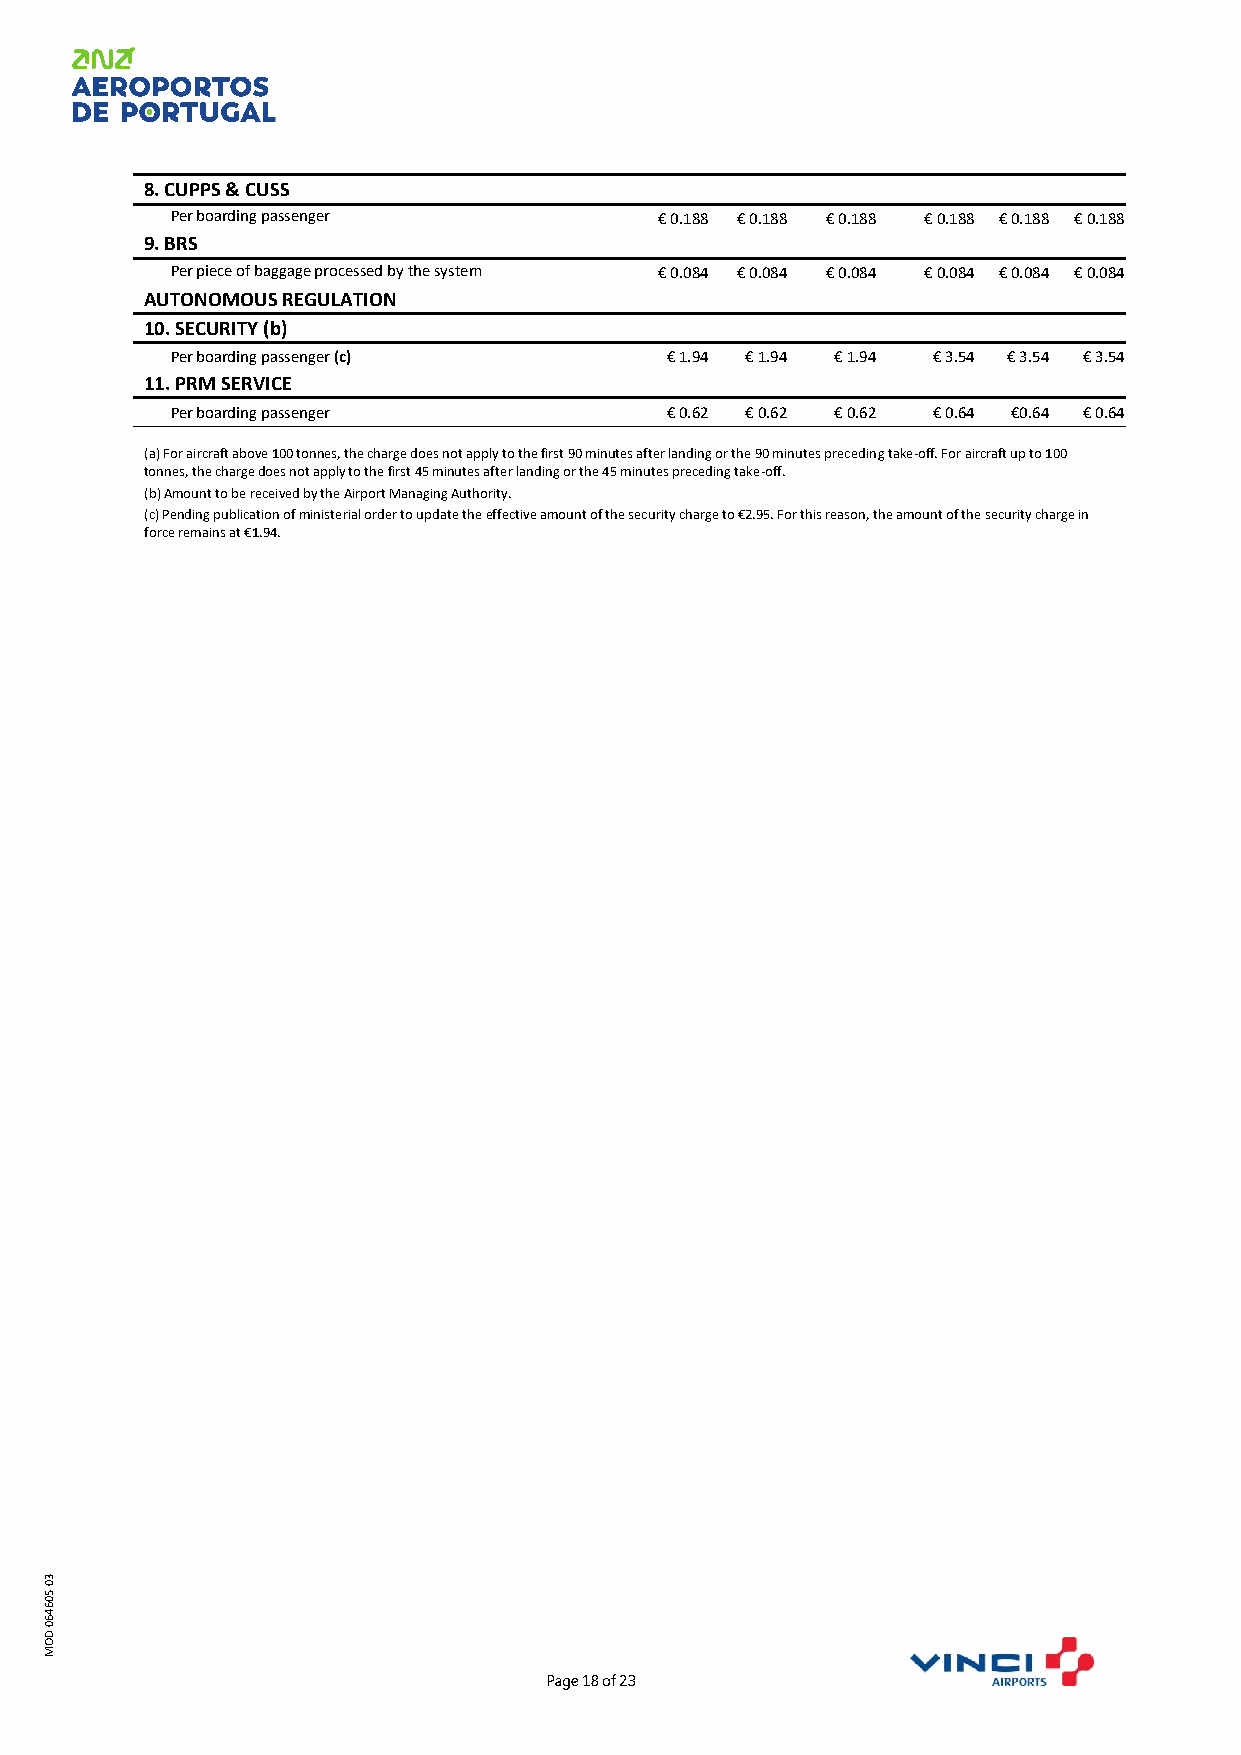
8. CUPPS & CUSS
 Per boarding passenger           € 0.188 € 0.188 € 0.188 € 0.188 € 0.188 € 0.188
 9. BRS
 Per piece of baggage processed by the system € 0.084 € 0.084 € 0.084 € 0.084 € 0.084 € 0.084
 AUTONOMOUS REGULATION
 10. SECURITY (b)
 Per boarding passenger (c)       € 1.94 € 1.94 € 1.94 € 3.54 € 3.54 € 3.54
 11. PRM SERVICE
 Per boarding passenger           € 0.62 € 0.62 € 0.62 € 0.64 €0.64 € 0.64
 (a) For aircraft above 100 tonnes, the charge does not apply to the first 90 minutes after landing or the 90 minutes preceding take-off. For aircraft up to 100
 tonnes, the charge does not apply to the first 45 minutes after landing or the 45 minutes preceding take-off.
 (b) Amount to be received by the Airport Managing Authority.
 (c) Pending publication of ministerial order to update the effective amount of the security charge to €2.95. For this reason, the amount of the security charge in
 force remains at €1.94.
 30
 50
 6460
 D
 O
 M